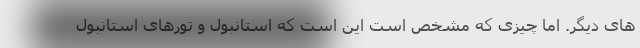
های دیگر. اما چیزی که مشخص است این است که استانبول و تورهای استانبول